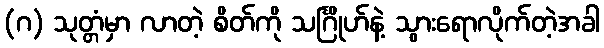
(ဂ) သုတ္တံမှာ လာတဲ့ စိတ်ကို သင်္ဂြိုဟ်နဲ့ သွားရောလိုက်တဲ့အခါ